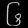
Digit: ၆